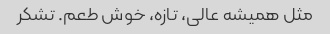
مثل همیشه عالی، تازه، خوش طعم. تشکر